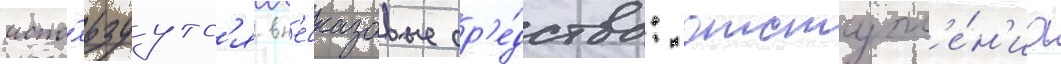
испо́льзуутс'я вн'есказовые ср'е́дства: отступл'е́н'иа